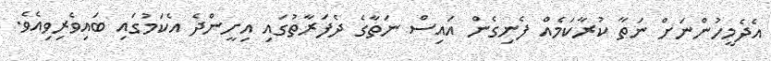
އެދެމީހުންނަށް ނަތާ ކުރާކަމެއް ފެނިގެން އައިސް ނަތާގެ ދެފަރާތުގައި އިށީންދެ އެކަމުގައި ބައިވެރިވިއެވެ.